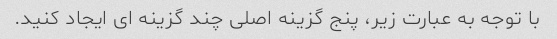
با توجه به عبارت زیر، پنج گزینه اصلی چند گزینه ای ایجاد کنید.